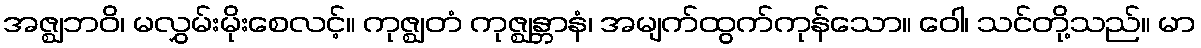
အဇ္ဈဘဝိ၊ မလွှမ်းမိုးစေလင့်။ ကုဇ္ဈတံ ကုဇ္ဈန္တာနံ၊ အမျက်ထွက်ကုန်သော။ ဝေါ၊ သင်တို့သည်။ မာ